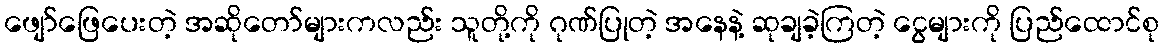
ဖျော်ဖြေပေးတဲ့ အဆိုတော်များကလည်း သူတို့ကို ဂုဏ်ပြုတဲ့ အနေနဲ့ ဆုချခဲ့ကြတဲ့ ငွေများကို ပြည်ထောင်စု